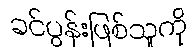
ခင်ပွန်းဖြစ်သူကို